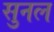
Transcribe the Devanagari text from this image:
सुनल